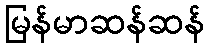
မြန်မာဆန်ဆန်